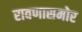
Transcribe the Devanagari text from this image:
रावणासमोर